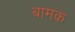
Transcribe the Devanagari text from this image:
बामक